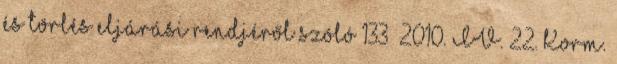
és törlés eljárási rendjéről szóló 133 2010. IV. 22. Korm.